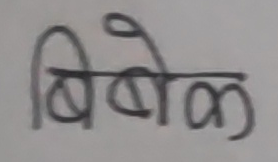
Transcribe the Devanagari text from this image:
बिबेक